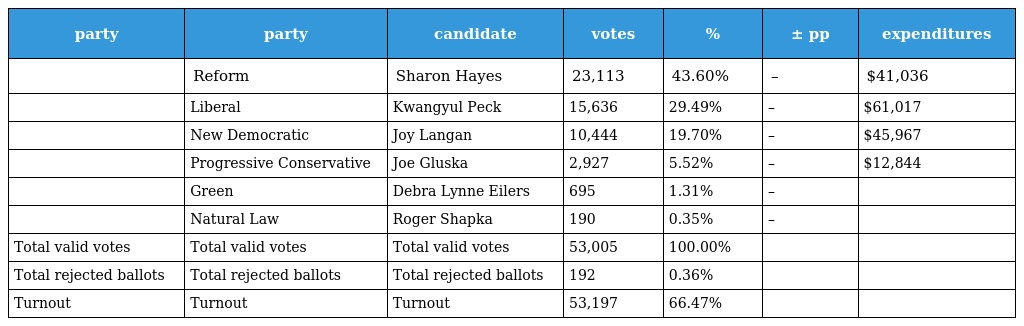
| party | party | candidate | votes | % | ± pp | expenditures |
 | --- | --- | --- | --- | --- | --- | --- |
 |  | Reform | Sharon Hayes | 23,113 | 43.60% | – | $41,036 |
 |  | Liberal | Kwangyul Peck | 15,636 | 29.49% | – | $61,017 |
 |  | New Democratic | Joy Langan | 10,444 | 19.70% | – | $45,967 |
 |  | Progressive Conservative | Joe Gluska | 2,927 | 5.52% | – | $12,844 |
 |  | Green | Debra Lynne Eilers | 695 | 1.31% | – |  |
 |  | Natural Law | Roger Shapka | 190 | 0.35% | – |  |
 | Total valid votes | Total valid votes | Total valid votes | 53,005 | 100.00% |  |  |
 | Total rejected ballots | Total rejected ballots | Total rejected ballots | 192 | 0.36% |  |  |
 | Turnout | Turnout | Turnout | 53,197 | 66.47% |  |  |